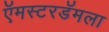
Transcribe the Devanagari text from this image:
ऍमस्टरडॅमला